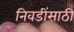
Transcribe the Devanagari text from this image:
निवडींसाठी